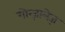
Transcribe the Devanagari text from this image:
गोन्ज़ालेज़